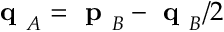
\textbf { q } _ { A } = \textbf { p } _ { B } - \textbf { q } _ { B } / 2